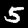
Label: 5